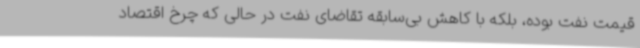
قیمت نفت بوده، بلکه با کاهش بی‌سابقه‌ تقاضای نفت در حالی که چرخ اقتصاد